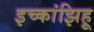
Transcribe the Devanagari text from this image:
इच्कांझिहू